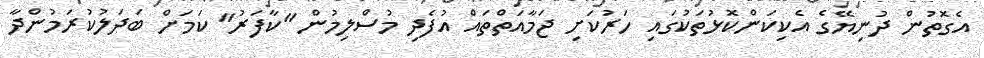
އެގޮތުން ދުނިޔޭގެ އެކިކަންކޮޅުތަކުގައި ހަރުކަށި ޖަމާއަތްތައް އުފެދި މުސްލިމުން "ކާފަރު" ކަމަށް ބަދަލުކުރަމުންދާ